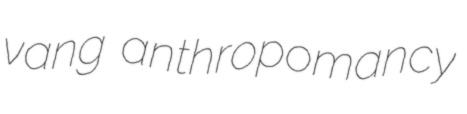
vang anthropomancy